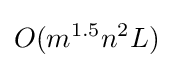
O(m^{1.5}n^{2}L)